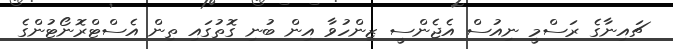
ޗައިނާގެ ރަސްމީ ނިއުސް އެޖެންސީ ޒިންހުވާ އިން ބުނި ގޮތުގައި ތިން އެސްޓްރޮނޯޓުންގެ